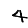
Digit: 4